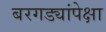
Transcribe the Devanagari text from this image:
बरगड्यांपेक्षा